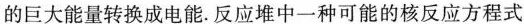
的巨大能量转换成电能.反应堆中一种可能的核反应方程式